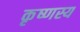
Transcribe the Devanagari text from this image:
कृष्णस्य